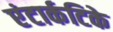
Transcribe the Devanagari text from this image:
एंटार्कटिके